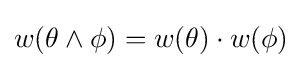
w(\theta \wedge \phi )=w(\theta )\cdot w(\phi )